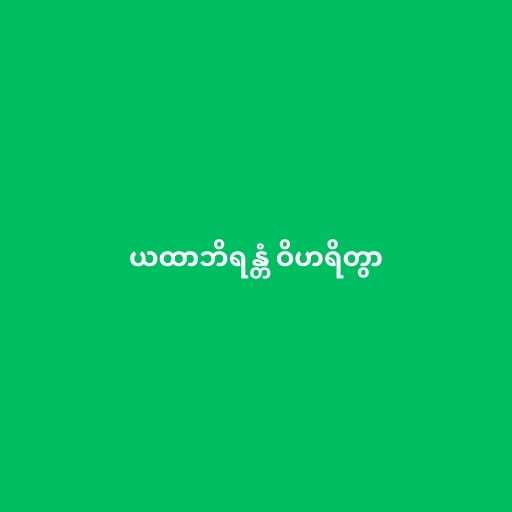
ယထာဘိရန္တံ ဝိဟရိတွာ